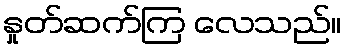
နှုတ်ဆက်ကြ လေသည်။